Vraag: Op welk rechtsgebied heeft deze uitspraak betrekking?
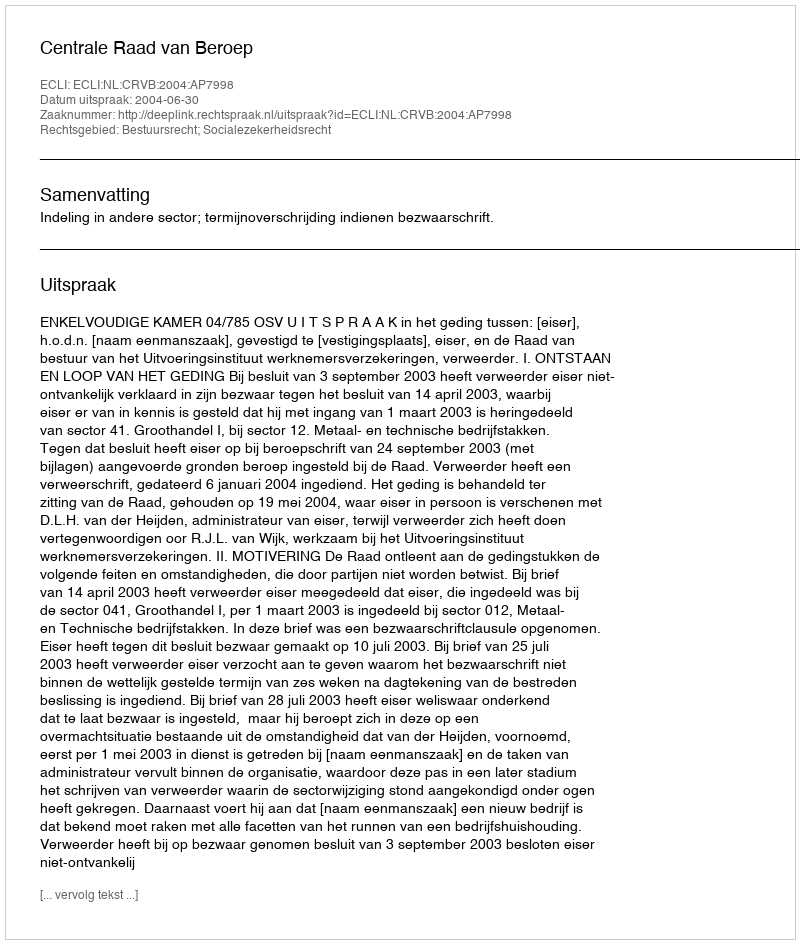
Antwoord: Bestuursrecht; Socialezekerheidsrecht